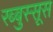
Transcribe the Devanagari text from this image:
रब्बुस्सूस